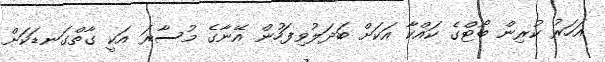
އަހަރު ކުރިން ބޯޓްގެ ކައްކާ އަކަށް ބަދަލުވިފަހުން އޭނާގެ މުސާރަ އަކީ ގާތްގަނޑަކަށް